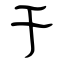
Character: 于